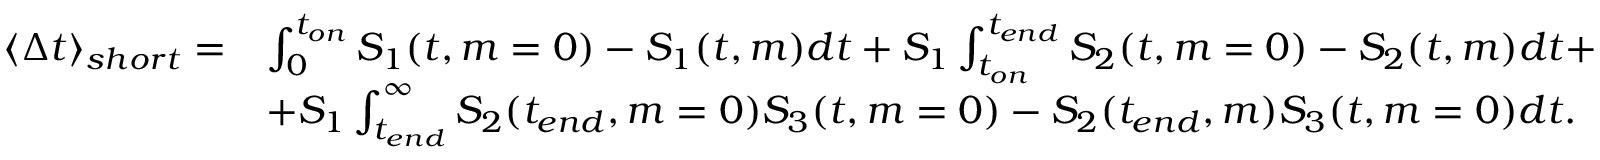
\begin{array} { r l } { \langle \Delta t \rangle _ { s h o r t } = } & { \int _ { 0 } ^ { t _ { o n } } S _ { 1 } ( t , m = 0 ) - S _ { 1 } ( t , m ) d t + S _ { 1 } \int _ { t _ { o n } } ^ { t _ { e n d } } S _ { 2 } ( t , m = 0 ) - S _ { 2 } ( t , m ) d t + } \\ & { + S _ { 1 } \int _ { t _ { e n d } } ^ { \infty } S _ { 2 } ( t _ { e n d } , m = 0 ) S _ { 3 } ( t , m = 0 ) - S _ { 2 } ( t _ { e n d } , m ) S _ { 3 } ( t , m = 0 ) d t . } \end{array}